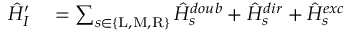
\begin{array} { r l } { \hat { H } _ { I } ^ { \prime } } & { { } = \sum _ { s \in \{ \mathrm { L } , \mathrm { M } , \mathrm { R } \} } \hat { H } _ { s } ^ { d o u b } + \hat { H } _ { s } ^ { d i r } + \hat { H } _ { s } ^ { e x c } } \end{array}